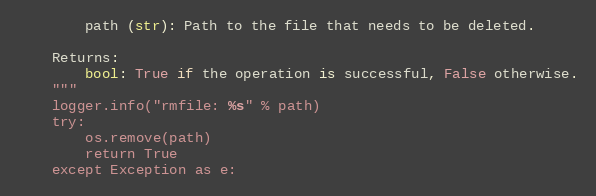
Language: Python
        path (str): Path to the file that needs to be deleted.

    Returns:
        bool: True if the operation is successful, False otherwise.
    """
    logger.info("rmfile: %s" % path)
    try:
        os.remove(path)
        return True
    except Exception as e: